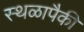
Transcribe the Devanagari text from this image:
स्थळापैकी